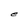
Character: e